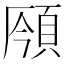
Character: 𩒣